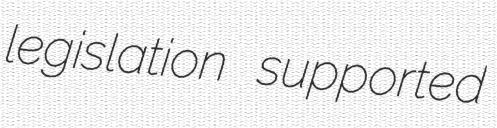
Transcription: legislation supported